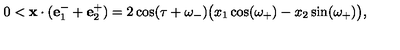
0 < \mathbf { x } \cdot ( \mathbf { e } _ { 1 } ^ { - } + \mathbf { e } _ { 2 } ^ { + } ) = 2 \cos ( \tau + \omega _ { - } ) \big ( x _ { 1 } \cos ( \omega _ { + } ) - x _ { 2 } \sin ( \omega _ { + } ) \big ) ,